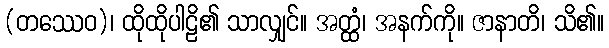
(တဿေဝ)၊ ထိုထိုပါဠိ၏ သာလျှင်။ အတ္ထံ၊ အနက်ကို။ ဇာနာတိ၊ သိ၏။